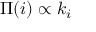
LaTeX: \Pi ( i ) \propto k _ { i }